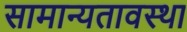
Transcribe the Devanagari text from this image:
सामान्यतावस्था